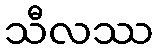
သီလဿ